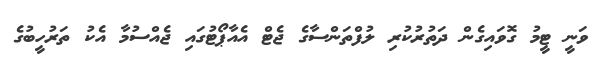
ވަނީ ޓީމު ގޮވައިގެން ދަތުރުކުރި ލުފްތަންސާގެ ޖެޓް އެއާޕޯޓުގައި ޖެއްސުމާ އެކު ތަރުހީބުގެ